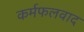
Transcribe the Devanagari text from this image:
कर्मफलवाद